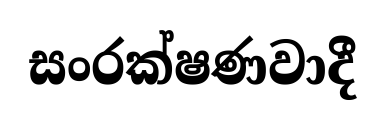
සංරක්ෂණවාදී